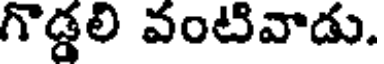
గొడ్డలి వంటివాడు.